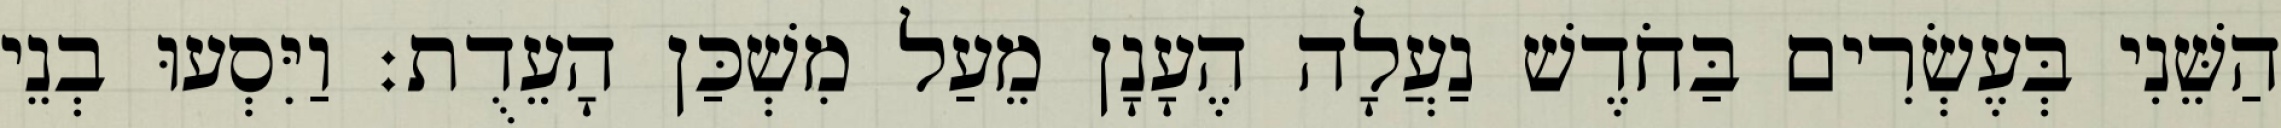
הַשֵּׁנִי בְּעֶשְׂרִים בַּחֹדֶשׁ נַעֲלָה הֶעָנָן מֵעַל מִשְׁכַּן הָעֵדֻת׃ וַיִּסְעוּ בְנֵי